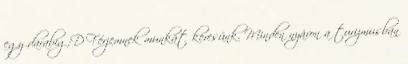
egy darabig:D Férjemnek munkát keresünk. Minden nyáron a turizmusban